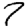
Digit: 7